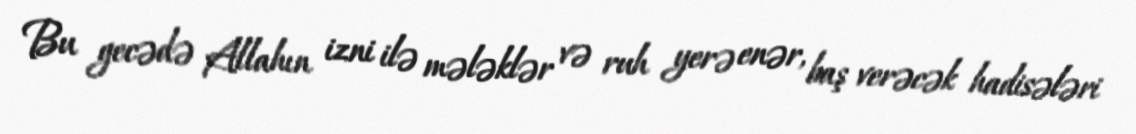
Bu gecədə Allahın izni ilə mələklər və ruh yerə enər, baş verəcək hadisələri